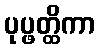
ပုပ္ဖတ္ထိကာ